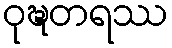
ဝုဍ္ဎတရဿ